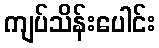
ကျပ်သိန်းပေါင်း